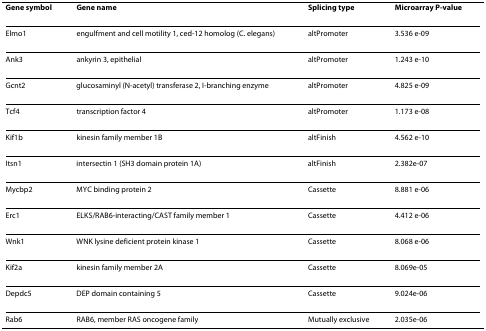
<table><thead><tr><td><b>Gene symbol</b></td><td><b>Gene name</b></td><td><b>Splicing type</b></td><td><b>Microarray P-value</b></td></tr></thead><tbody><tr><td>Elmo1</td><td>engulfment and cell motility 1, ced-12 homolog (C. elegans)</td><td>altPromoter</td><td>3.536 e-09</td></tr><tr><td>Ank3</td><td>ankyrin 3, epithelial</td><td>altPromoter</td><td>1.243 e-10</td></tr><tr><td>Gcnt2</td><td>glucosaminyl (N-acetyl) transferase 2, I-branching enzyme</td><td>altPromoter</td><td>4.825 e-09</td></tr><tr><td>Tcf4</td><td>transcription factor 4</td><td>altPromoter</td><td>1.173 e-08</td></tr><tr><td>Kif1b</td><td>kinesin family member 1B</td><td>altFinish</td><td>4.562 e-10</td></tr><tr><td>Itsn1</td><td>intersectin 1 (SH3 domain protein 1A)</td><td>altFinish</td><td>2.382e-07</td></tr><tr><td>Mycbp2</td><td>MYC binding protein 2</td><td>Cassette</td><td>8.881 e-06</td></tr><tr><td>Erc1</td><td>ELKS/RAB6-interacting/CAST family member 1</td><td>Cassette</td><td>4.412 e-06</td></tr><tr><td>Wnk1</td><td>WNK lysine deficient protein kinase 1</td><td>Cassette</td><td>8.068 e-06</td></tr><tr><td>Kif2a</td><td>kinesin family member 2A</td><td>Cassette</td><td>8.069e-05</td></tr><tr><td>Depdc5</td><td>DEP domain containing 5</td><td>Cassette</td><td>9.024e-06</td></tr><tr><td>Rab6</td><td>RAB6, member RAS oncogene family</td><td>Mutually exclusive</td><td>2.035e-06</td></tr></tbody></table>